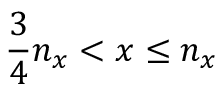
\frac { 3 } { 4 } n _ { x } < x \leq n _ { x }